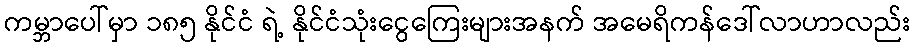
ကမ္ဘာပေါ်မှာ ၁၈၅ နိုင်ငံ ရဲ့ နိုင်ငံသုံးငွေကြေးများအနက် အမေရိကန်ဒေါ်လာဟာလည်း